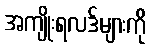
အကျိုးရလဒ်များကို